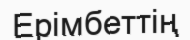
Ерімбеттің